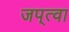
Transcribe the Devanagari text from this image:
जप्‌त्वा